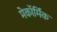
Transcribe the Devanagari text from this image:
मेकॉर्मिक